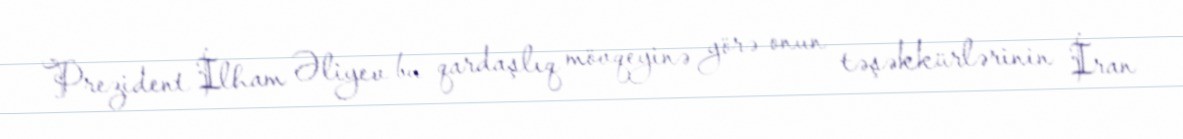
Prezident İlham Əliyev bu qardaşlıq mövqeyinə görə onun təşəkkürlərinin İran